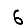
Digit: 6